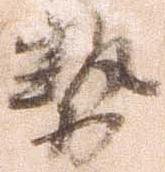
勢